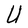
Character: U